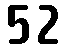
52